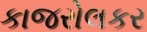
કાજરોલકર